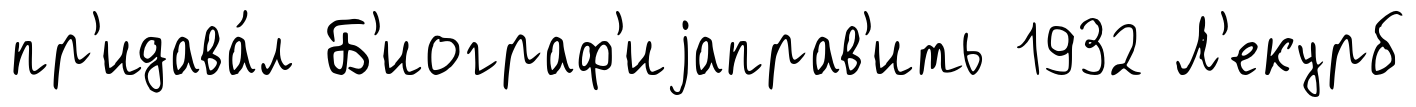
пр'идава́л Б'иограф'иjаправ'ить 1932 Л'екурб